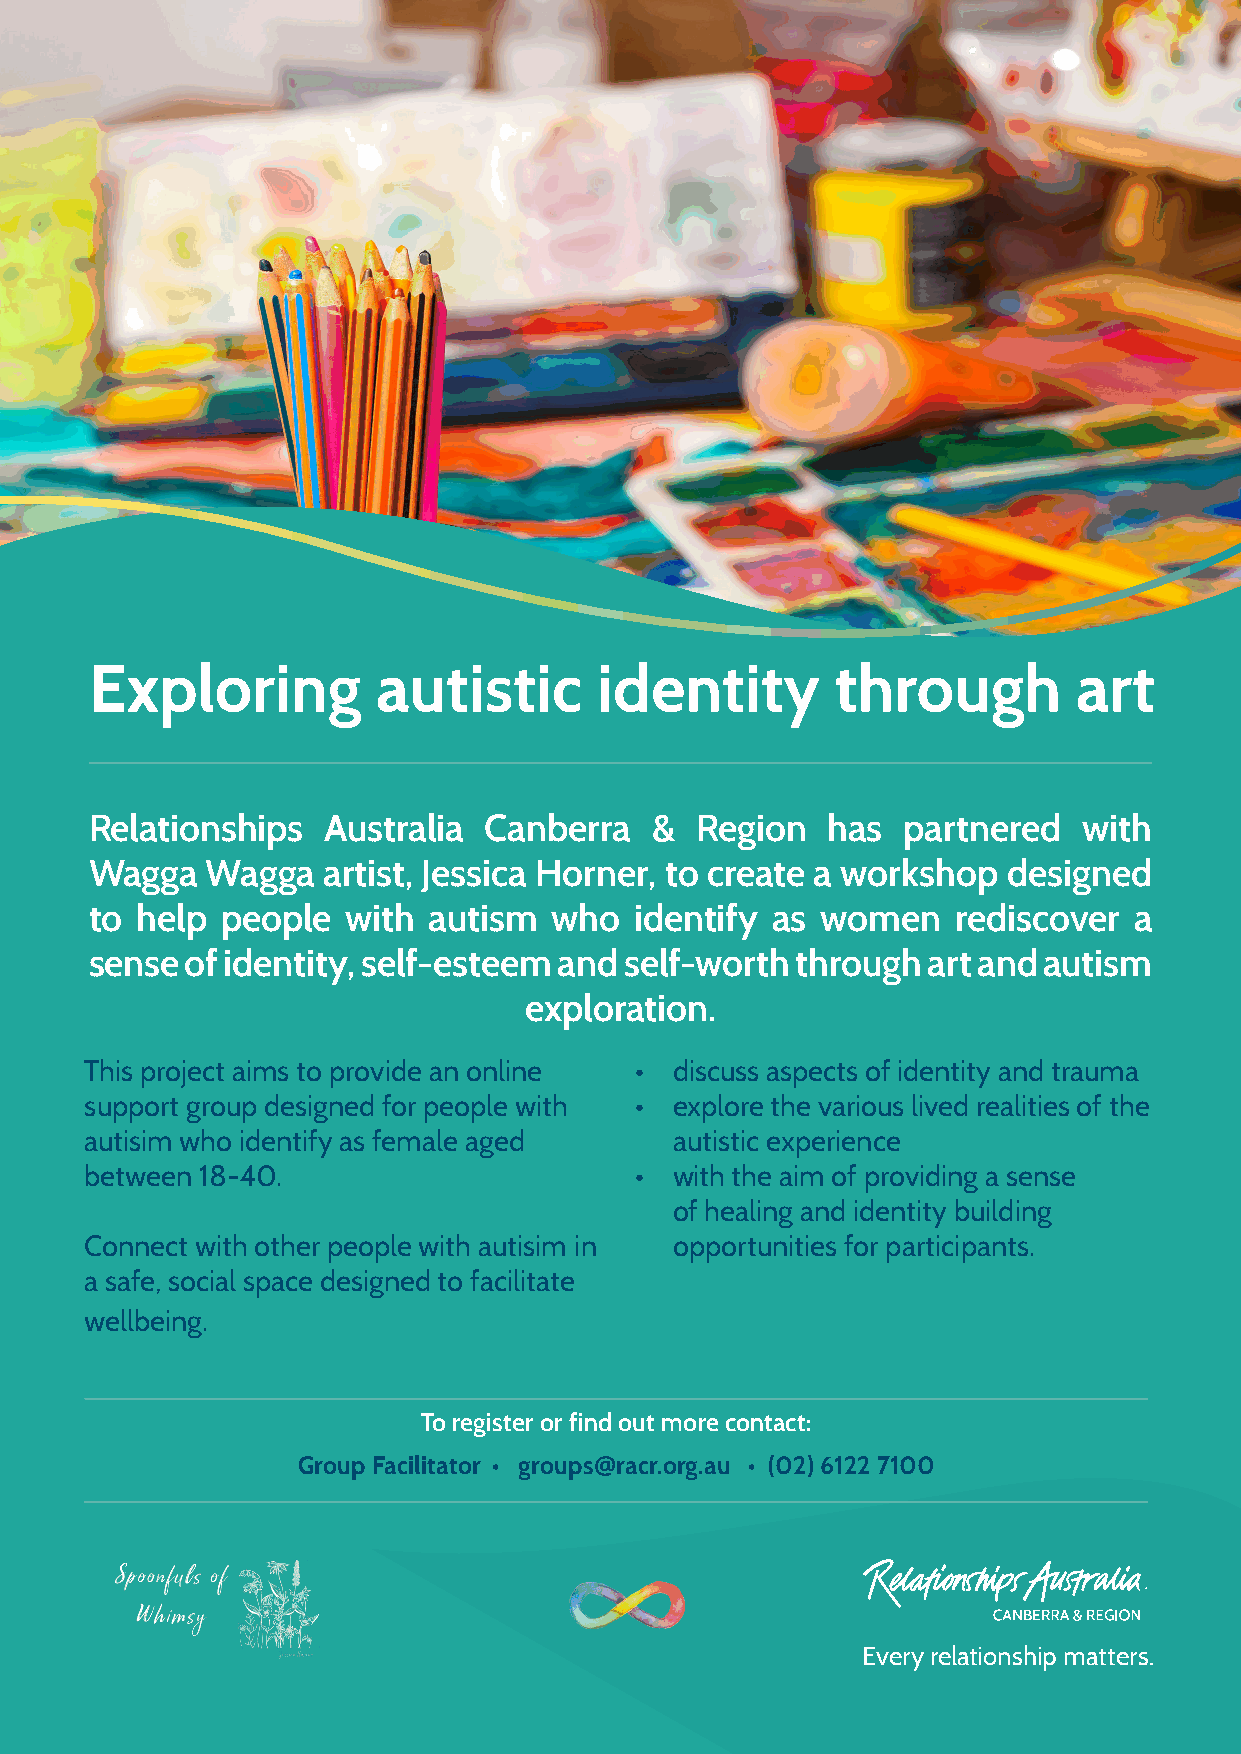
Exploring          autistic       identity       through         art
 Relationships  Australia  Canberra   &  Region   has  partnered   with
 Wagga   Wagga  artist, Jessica Horner, to create a workshop  designed
 to help  people  with autism   who  identify as women    rediscover  a
 sense of identity, self-esteem and self-worth  through art and autism
 exploration.
 This project aims to provide an online • discuss aspects of identity and trauma
 support group designed for people with • explore the various lived realities of the
 autisim who identify as female aged    autistic experience
 between 18-40.                      •  with the aim of providing a sense
 of healing and identity building
 Connect with other people with autisim in opportunities for participants.
 a safe, social space designed to facilitate
 wellbeing.
 To register or find out more contact:
 Group Facilitator • groups@racr.org.au • (02) 6122 7100
 Every relationship matters.